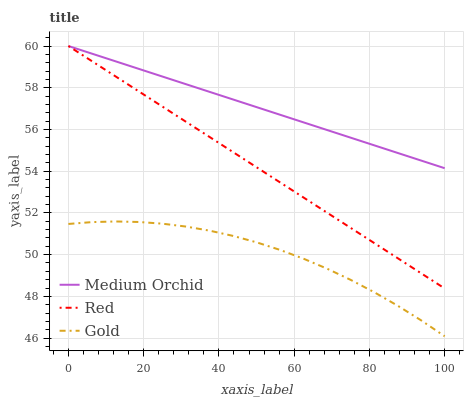
| xaxis_label | Medium Orchid | Red | Gold |
 | --- | --- | --- | --- |
 | 0 | 60 | 60 | 51.5 |
 | 6.25 | 59.6 | 59.3 | 51.6 |
 | 12.5 | 59.3 | 58.5 | 51.6 |
 | 18.8 | 58.9 | 57.8 | 51.6 |
 | 25 | 58.5 | 57.1 | 51.5 |
 | 31.2 | 58.2 | 56.4 | 51.3 |
 | 37.5 | 57.8 | 55.6 | 51.2 |
 | 43.8 | 57.4 | 54.9 | 50.9 |
 | 50 | 57.1 | 54.2 | 50.6 |
 | 56.2 | 56.7 | 53.5 | 50.2 |
 | 62.5 | 56.3 | 52.7 | 49.8 |
 | 68.8 | 56 | 52 | 49.3 |
 | 75 | 55.6 | 51.3 | 48.8 |
 | 81.2 | 55.2 | 50.6 | 48.2 |
 | 87.5 | 54.9 | 49.8 | 47.6 |
 | 93.8 | 54.5 | 49.1 | 46.8 |
 | 100 | 54.1 | 48.4 | 46.1 |